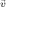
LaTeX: \stackrel { \vec { v } } { }